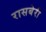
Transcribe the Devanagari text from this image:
रासबेरी